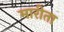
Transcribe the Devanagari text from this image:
मारीता